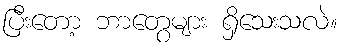
ပြီးတော့ ဘာတွေများ ရှိသေးသလဲ။